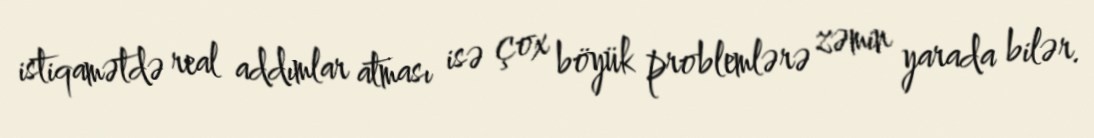
istiqamətdə real addımlar atması isə çox böyük problemlərə zəmin yarada bilər.